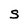
Character: S